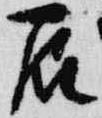
辰